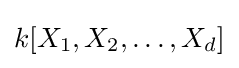
k[X_{1},X_{2},\dots ,X_{d}]